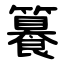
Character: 籑